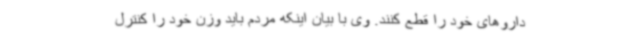
داروهای خود را قطع کنند. وی با بیان اینکه مردم باید وزن خود را کنترل